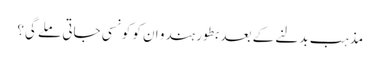
مذہب بدلنے کے بعد بطور ہندو ان کو کونسی جاتی ملے گی؟